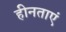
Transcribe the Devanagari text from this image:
हीनताएं